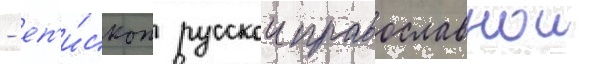
- еп'и́скоп русскои православнои